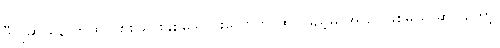
ဒီလိုဆို နောက်ထပ် စစ်သားနှစ်သောင်းလောက် ထပ်ဖြည့်မှ အလုပ်ဖြစ်မယ် ဆိုပါတော့၊